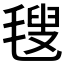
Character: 𣯜